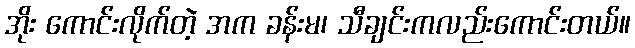
အိုး ကောင်းလိုက်တဲ့ အက ခန်းမ၊ သီချင်းကလည်းကောင်းတယ်။